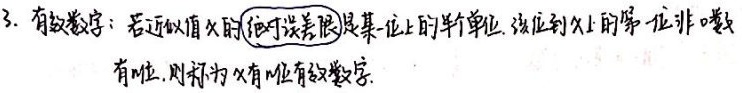
3. 有效数字：若近似值 \(x\) 的绝对误差限是某一位上的半个单位，该位到 \(x\) 的第一位非零数字有 \(n\) 位，则称 \(x\) 有 \(n\) 位有效数字。